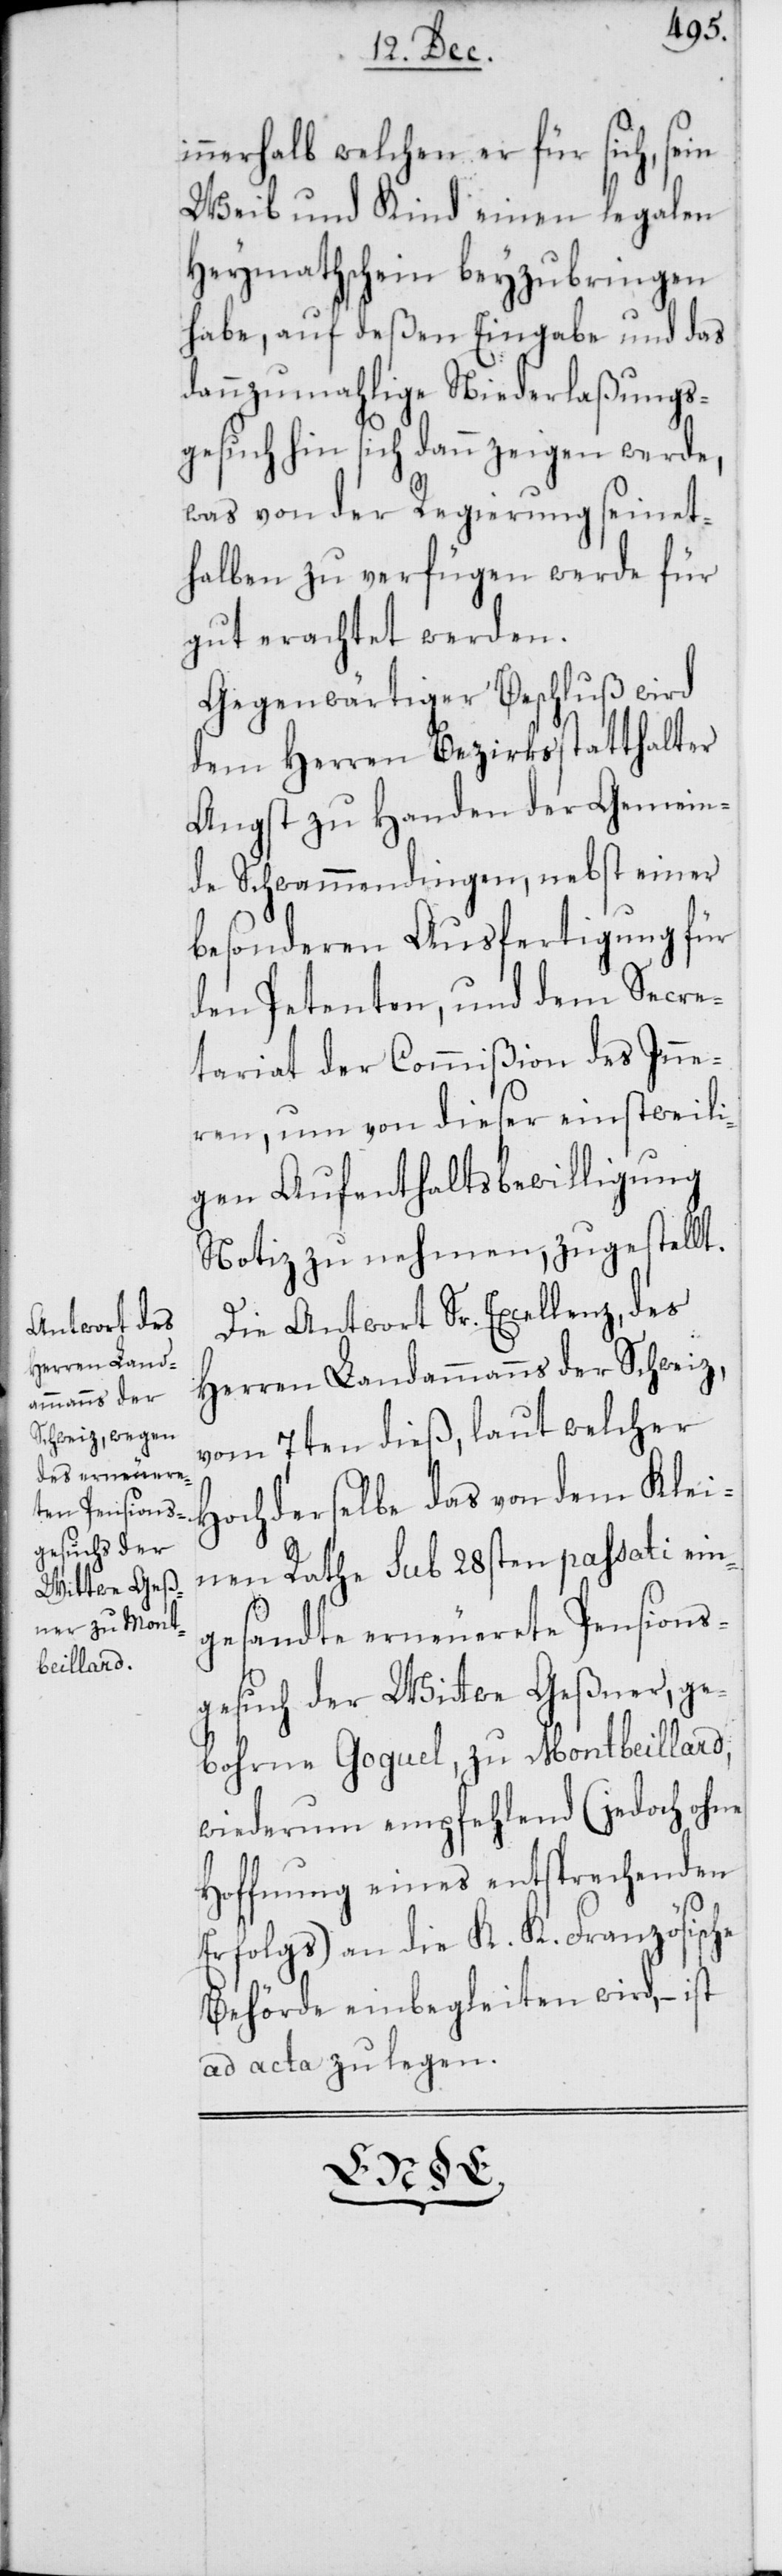
innerhalb welchen er für sich, sein
Weib und Kind einen legalen
Heymathschein beyzubringen
habe, auf deßen Eingabe und das
dannzumahlige Niederlaßungs¬
gesuch sich dann zeigen werde,
was von der Regierung seinet¬
halben zu verfügen werde für
gut erachtet werden.
Gegenwärtiger Beschluß wird
dem Herren Bezirksstatthalter
Angst zu Handen der Gemein¬
de Schwammendingen, nebst einer
besonderen Ausfertigung für
den Petenten, und dem Secre¬
tariat der Commißion des Inne¬
ren, um von dieser einstweili¬
gen Aufenthaltsbewilligung
Notiz zu nehmen, zugestellt.
Die Antwort Sr. Excellenz, des
Herren Landammanns der Schweiz,
vom 7ten dieß, laut welche¬
r Hochderselbe das von dem Klei¬
nen Rathe sub 28sten passati ein¬
gesandte erneuerete Pensions¬
gesuch der Wittwe Geßner, ge¬
bohrne Goguel, zu Montbeillard,
wiederum empfehlend (jedoch ohne
Hoffnung eines entsprechenden
Erfolgs) an die K. K. Französische
Behörde einbegleiten wird, – ist
ad acta zu legen.